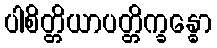
ပါစိတ္တိယာပတ္တိက္ခန္ဓော